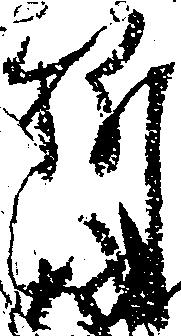
料